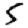
Digit: 5